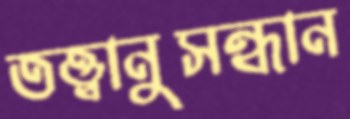
তত্ত্বানুসন্ধান